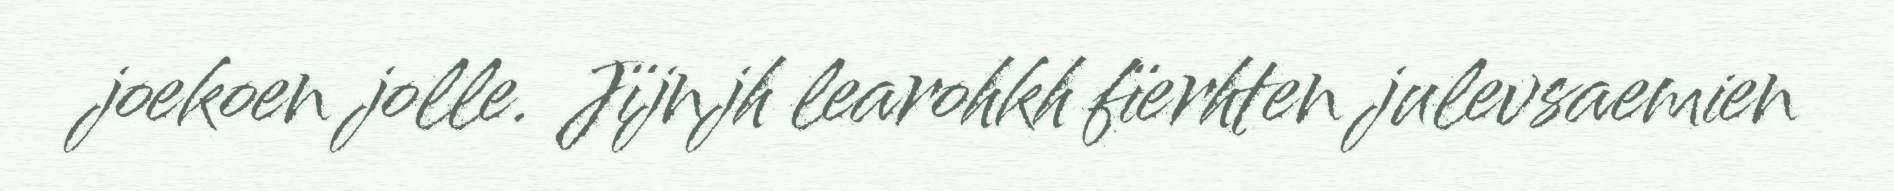
joekoen jolle. Jïjnjh learohkh fïerhten julevsaemien